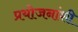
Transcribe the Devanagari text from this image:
प्रयोजनांशी